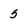
Character: 5